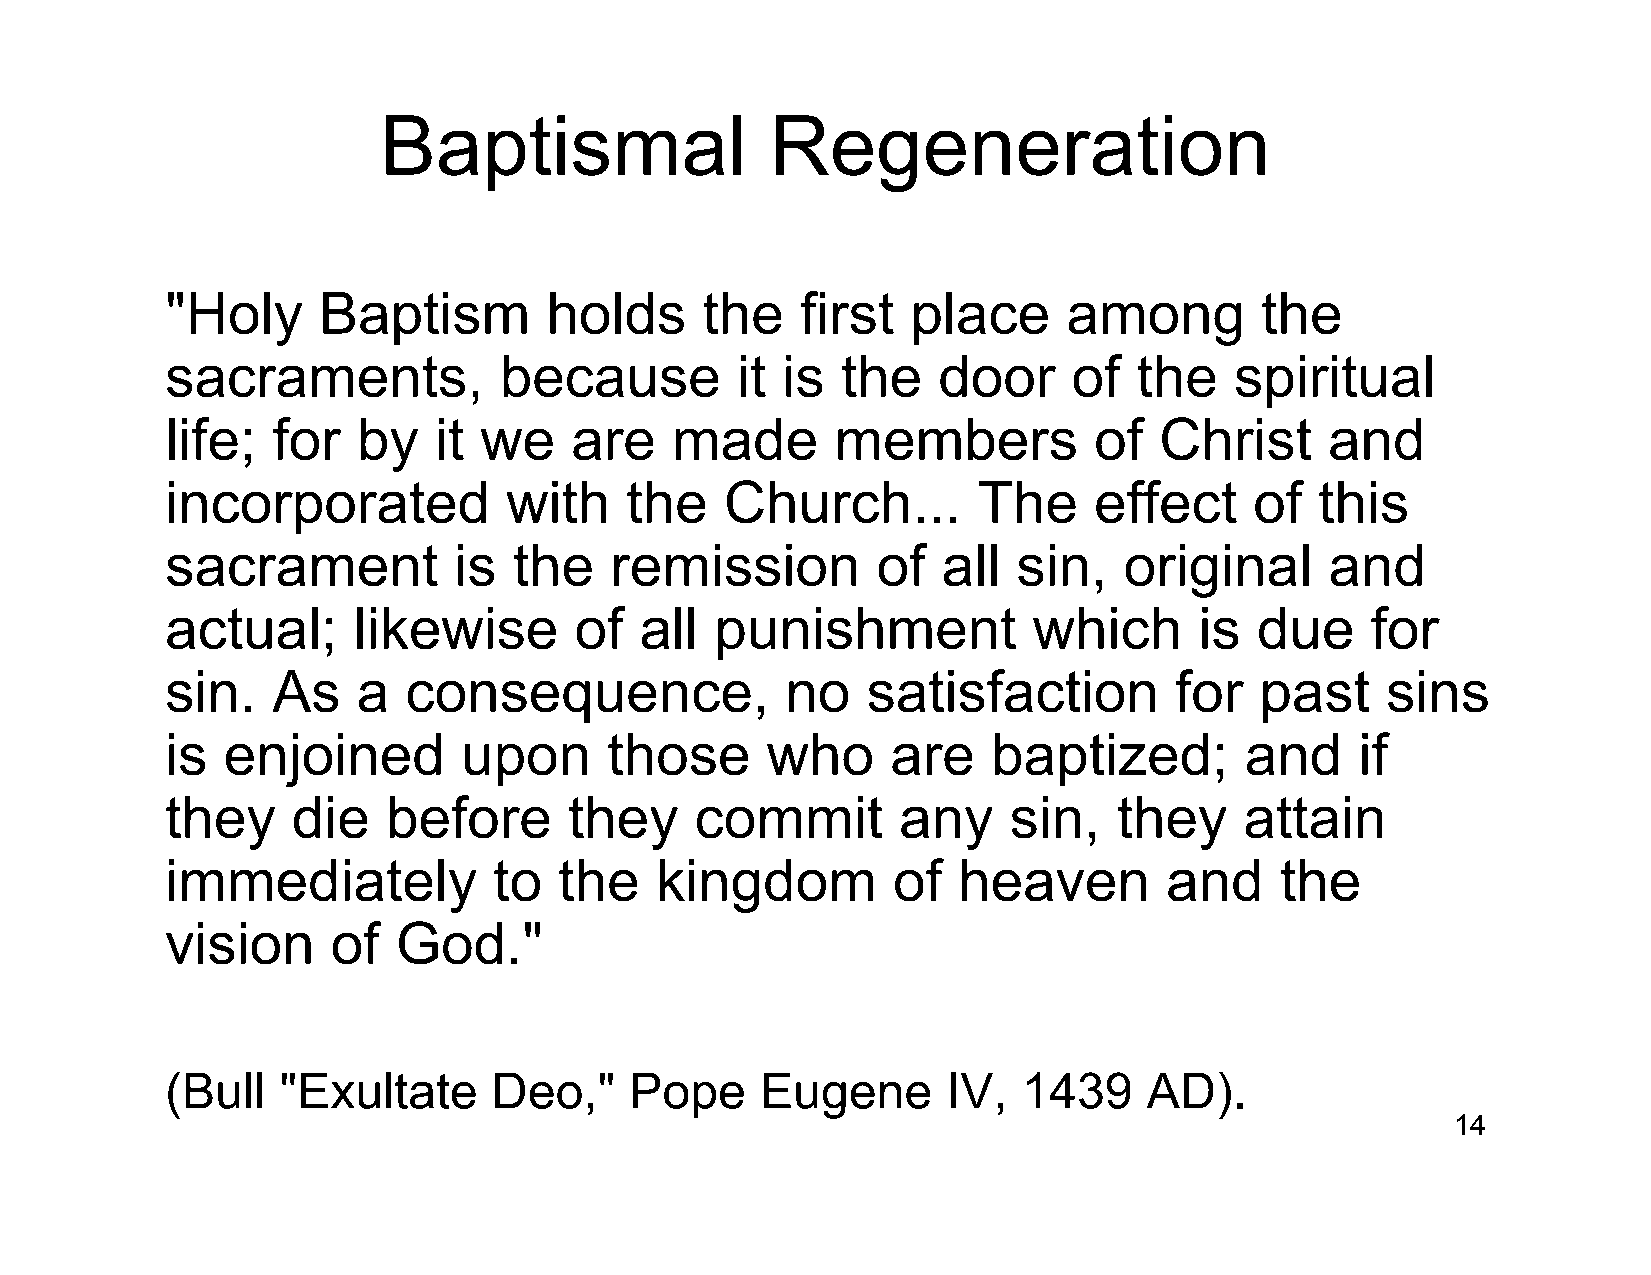
Baptismal                 Regeneration
 "Holy     Baptism        holds     the    first  place      among       the
 sacraments,           because         it is  the   door     of  the    spiritual
 life;  for   by   it we    are   made       members          of   Christ     and
 incorporated           with   the    Church...        The    effect     of  this
 sacrament          is  the   remission         of  all  sin,   original      and
 actual;     likewise       of  all  punishment           which      is  due     for
 sin.   As    a  consequence,             no   satisfaction         for  past     sins
 is  enjoined        upon     those      who     are    baptized;       and     if
 they    die    before      they    commit       any     sin,   they    attain
 immediately           to  the   kingdom         of  heaven        and     the
 vision     of  God."
 (Bull  "Exultate      Deo,"    Pope    Eugene       IV,  1439    AD).
 14